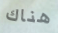
هناك